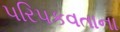
પરિપકવતાના